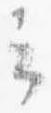
云